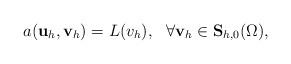
LaTeX: \begin{align*}a(\mathbf{ u}_h,\mathbf{ v}_h) = L(v_h), ~~ \forall \mathbf{ v}_h\in \mathbf{ S}_{h,0}(\Omega),\end{align*}